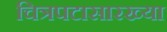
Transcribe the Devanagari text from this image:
चित्रपटासारख्या